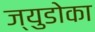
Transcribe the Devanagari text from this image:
ज्युडोका